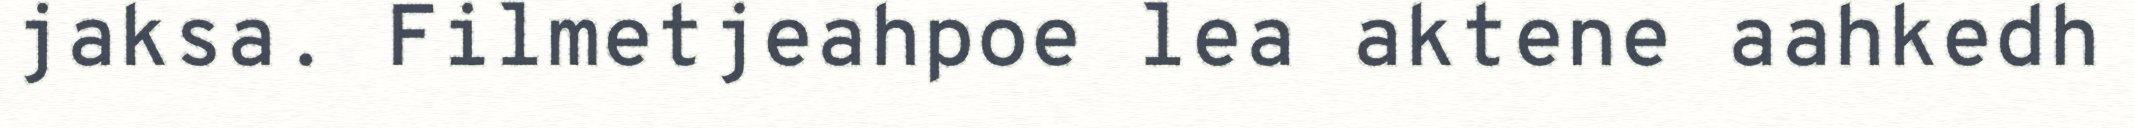
jaksa. Filmetjeahpoe lea aktene aahkedh